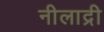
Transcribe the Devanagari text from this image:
नीलाद्री